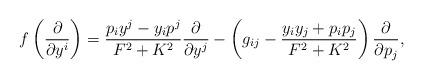
LaTeX: \begin{align*}f\left(\frac{\partial}{\partial y^i}\right)=\frac{p_iy^j-y_ip^j}{F^2+K^2}\frac{\partial}{\partial y^j}-\left(g_{ij}-\frac{y_iy_j+p_ip_j}{F^2+K^2}\right)\frac{\partial}{\partial p_j},\end{align*}